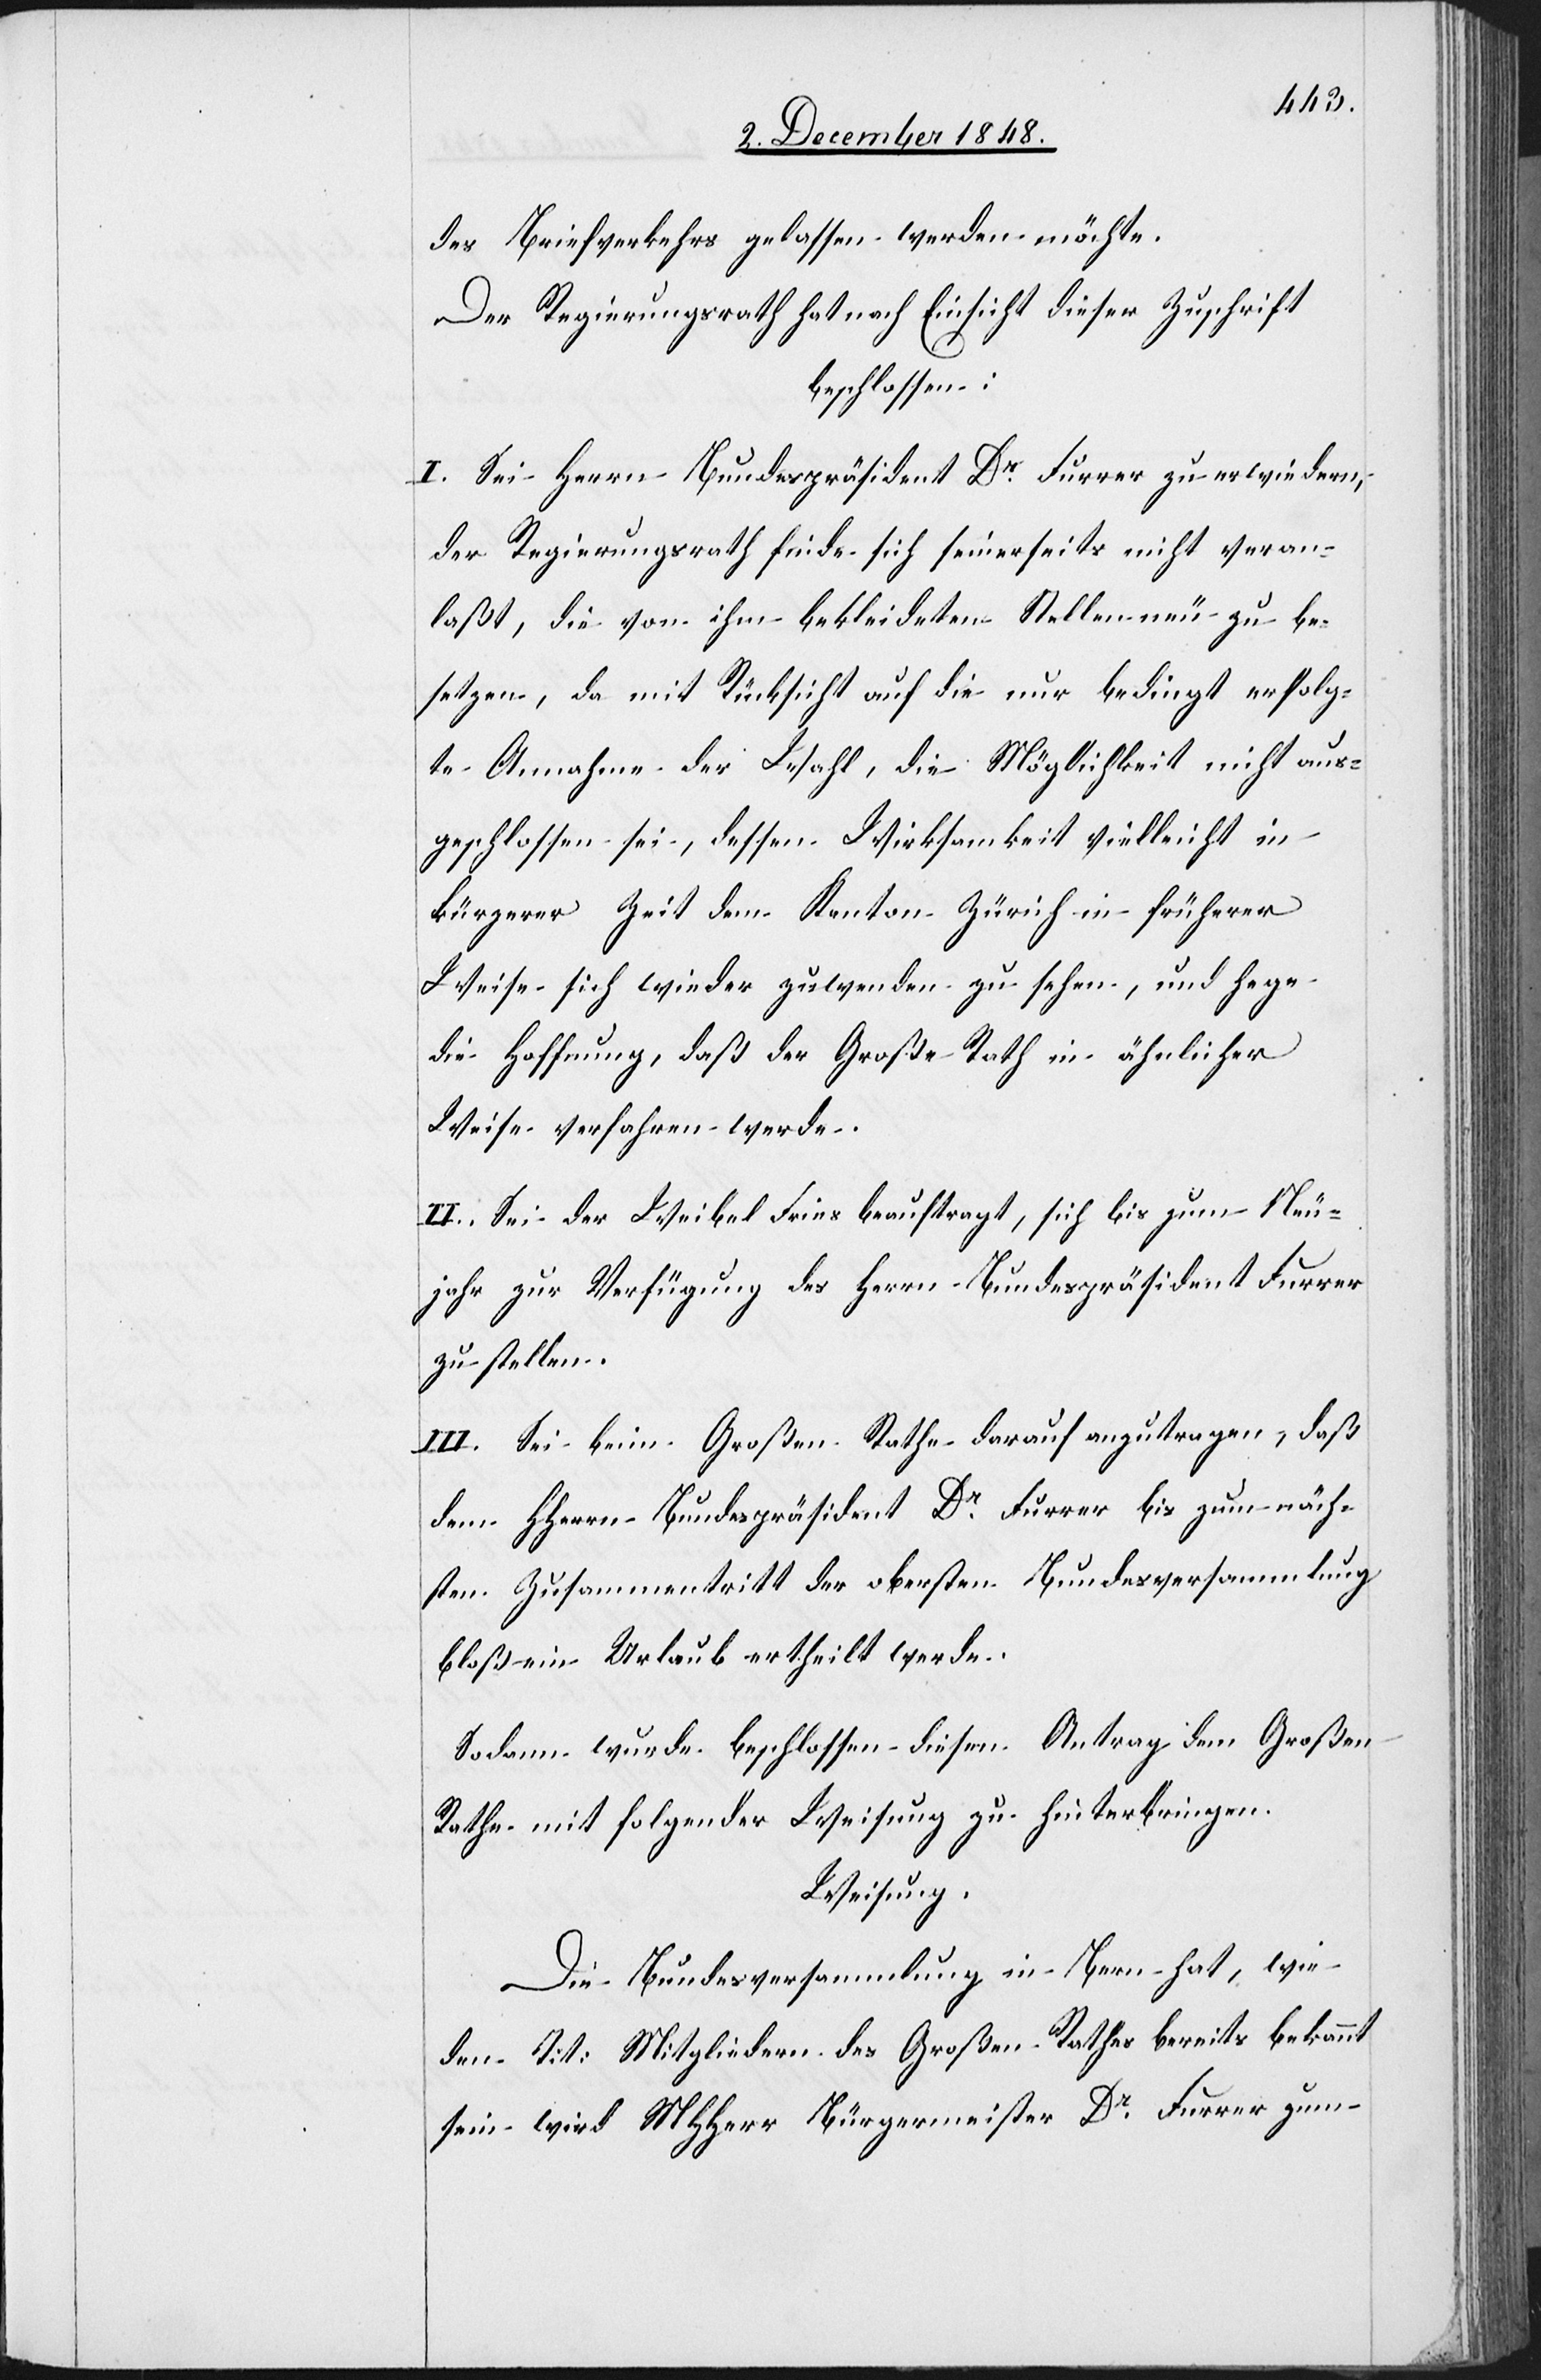
des Briefverkehrs gelassen werden möchte.
Der Regierungsrath hat nach Einsicht dieser Zuschrift
beschlossen:
I. Sei Herrn Bundespräsident Dr Furrer zu erwiedern,
der Regierungsrath finde sich seinerseits nicht veran¬
laßt, die von ihm bekleideten Stellen neu zu be¬
setzen, da mit Rücksicht auf die nur bedingt erfolg¬
te Annahme der Wahl, die Möglichkeit nicht aus¬
geschlossen sei, dessen Wirksamkeit vielleicht in
kürzerer Zeit dem Kanton Zürich in früherer
Weise sich wieder zuwenden zu sehen, und hege
die Hoffnung, daß der Große Rath in ähnlicher
Weise verfahren werde.
II. Sei der Weibel Fries beauftragt, sich bis zum Neu¬
jahr zur Verfügung des Herrn Bundespräsident Furrer
zu stellen.
III. Sei beim Großen Rathe darauf anzutragen, daß
dem HHerrn Bundespräsident Dr Furrer bis zum näch¬
sten Zusammentritt der obersten Bundesversammlung
bloß ein Urlaub ertheilt werde.
Sodann wurde beschlossen diesen Antrag dem Großen
Rathe mit folgender Weisung zu hinterbringen.
Weisung.
Die Bundesversammlung in Bern hat, wie
den Tit: Mitgliedern des Großen Rathes bereits bekannt
sein wird MHHerr Bürgermeister Dr Furrer zum